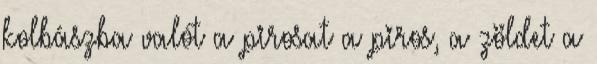
kolbászba valót a pirosat a piros, a zöldet a